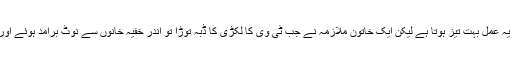
مینیجر کے مطابق وہ ہرماہ ہزاروں پرانے ٹی وی توڑکر ری سائیکل کرتے ہیں اور یہ عمل بہت تیز ہوتا ہے لیکن ایک خاتون ملازمہ نے جب ٹی وی کا لکڑی کا ڈبہ توڑا تو اندر خفیہ خانوں سے نوٹ برآمد ہوئے اور ساتھ میں چند کاغذات بھی تھے جس کی مدد سے رقم اصل حقدار کو واپس کی گئی۔